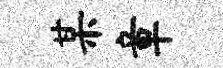
某章